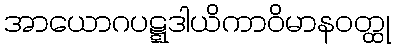
အာယောဂပဋ္ဋဒါယိကာဝိမာနဝတ္ထု